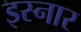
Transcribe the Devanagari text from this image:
इस्नार